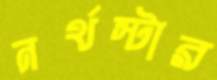
নর্থস্টার